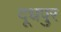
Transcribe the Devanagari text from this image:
दूधपुर